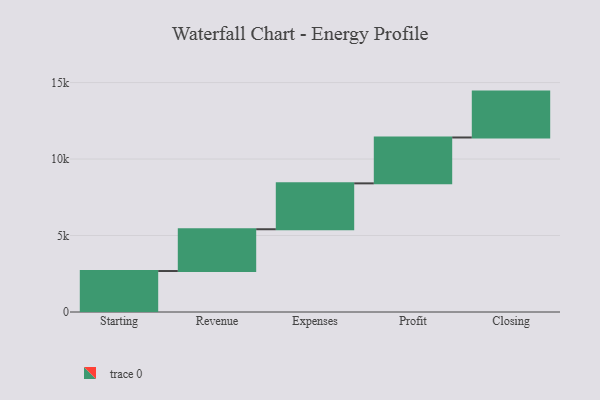
{"axis": {"x": "Step", "y": "Value"}, "legend": [""], "data": [{"x": "Starting", "y": 2679.0, "type": ""}, {"x": "Revenue", "y": 2732.0, "type": ""}, {"x": "Expenses", "y": 3000, "type": ""}, {"x": "Profit", "y": 3000, "type": ""}, {"x": "Closing", "y": 3000, "type": ""}]}